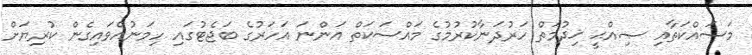
މަސައްކަތާއި ޞިއްޙީ ޚިދުމަތް ހަރުދަނާކުރުމުގެ މައްސަކަތް އަންނަ އަހަރުގެ ބަޖެޓުގައި ހިމަނުއްވައިގެން ކުރިޔަށް